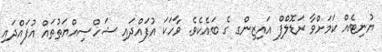
ޔުނިޓެއް ކަމަށްވާ ރަޑޮލްފް އައިޒިންގ ގެ ބައެކެވެ. ވާހަކަ އުފައްދައި ޝަހްސިއްޔަތުތައް އުފައްދައި